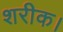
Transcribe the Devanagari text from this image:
शरीक।